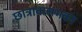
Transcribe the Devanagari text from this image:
छात्रावासभवन